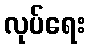
လုပ်ရေး